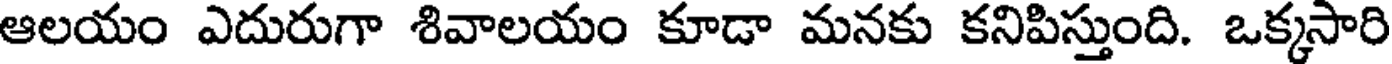
ఆలయం ఎదురుగా శివాలయం కూడా మనకు కనిపిస్తుంది. ఒక్కసారి